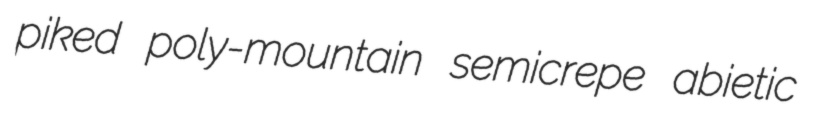
piked poly-mountain semicrepe abietic